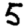
Digit: 5